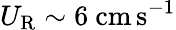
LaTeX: U_{\mathrm{R}}\sim 6~\mathrm{cm\, s^{-1}}